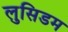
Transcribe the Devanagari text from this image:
लुसिडम